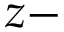
z -